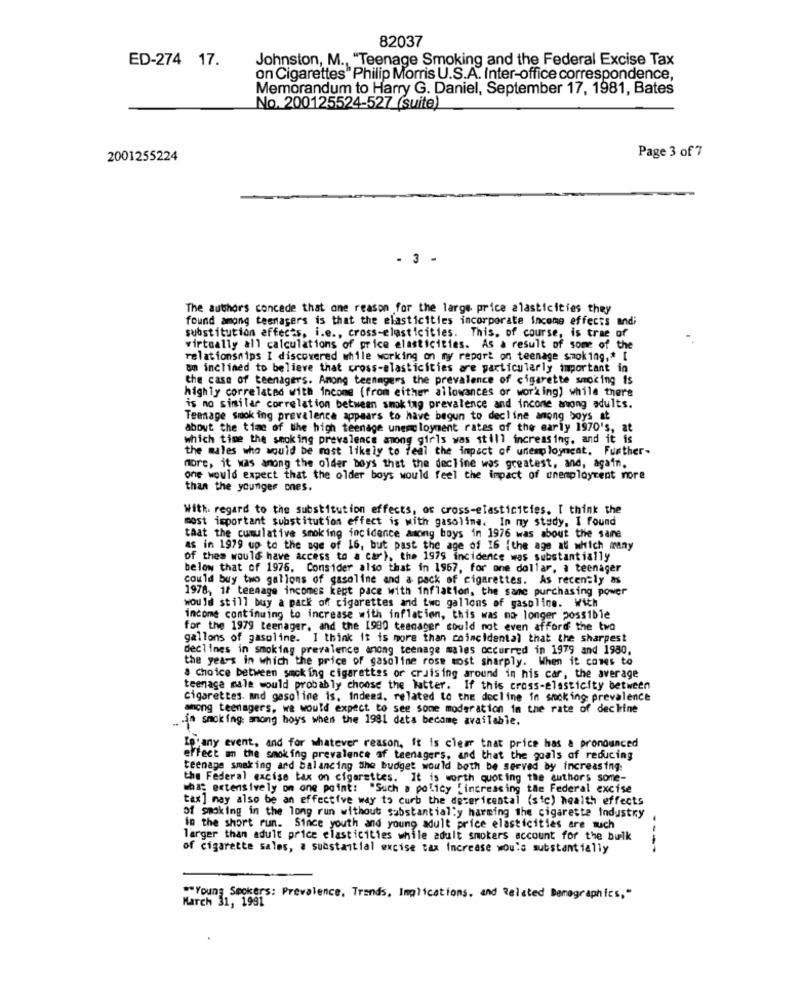
82037
ED-274 17.
Johnston, M ., "Teenage Smoking and the Federal Excise Tax
on Cigarettes" Philip Morris U.S.A. Inter-office correspondence,
Memorandum to Harry G. Daniel, September 17, 1981, Bates
No. 200125524-527 (suite)
Page 3 of 7
2001255224
- 3 -
The authors concede that one reason for the large price alasticities they
found among teenagers is that the elasticities incorporate income effects and;
substitution effects, i.e ., cross-elasticities. This, of course, is trae of
virtually all calculations of price elasticities. As a result of some of the
relationships I discovered while working on my report on teenage smoking ,* [
an inclined to believe that cross-elasticities are particularly important in
the case of teenagers. Among teenagers the prevalence of cigarette smoking is
highly correlated with income (from either allowances or working) while there
is no similar correlation between smoking prevalence and income awong adults.
Teenage smoking prevalence appears to have begun to decline among boys at
about the time of the high teenage unemployment rates of the early 1970's, at
which time the smoking prevalence among girls was still increasing, and it is
the males who would be most likely to feel the impact of unemployment. Further-
more, it was among the older boys that the decline was greatest, and, again.
one would expect that the older boys would feel the impact of unemployment more
than the younger ones.
With regard to the substitution effects, or cross-elasticities. I think the
most important substitution effect is with gasoline. In ny study, I found
that the cumulative smoking incidence asong boys in 1976 was about the same
as in 1979 up to the age of 16, but past the age of 16 {the age at which many
of thes would have access to a car), the 1979 incidence was substantially
below that of 1975. Consider also that in 1967, for one dollar, a teenager
could buy two gallons of gasoline and a pack of cigarettes. As recently as
1978, 1f teenage incomes kept pace with inflation, the same purchasing power
would still buy a pack off cigarettes and two gallons of gasoline. With
income continuing to increase with inflation, this was ma longer possible
for the 1979 teenager, and the 1980 teenager could not even afford the two
gallons of gasoline. I think it is more than coincidental that the sharpest
declines in smoking prevalence anong teenage males occurred in 1979 and 1980.
the years in which the price of gasoline rose most sharply. When it comes to
a Choice between smoking cigarettes or cruising around in his car, the average
teenage male would probably choose the latter. If this cross-elasticity between
Cigarettes. and gasoline is, Indeed, related to the decline in smoking prevalence
among teenagers, we would expect to see some moderation in the rate of decline
.. . 10 smoking: among hoys when the 1981 data become available.
L'any event, and for whatever reason, it is clear that price has a pronounced
effect on the smoking prevalence of teenagers, and that the goals of reducing
teenage smaking and balancing the budget would both be served by increasing.
the Federal excise tax on cigarettes. It is worth quoting the authors some-
what extensively on one point: "Such a policy [increasing the Federal excise
tax] may also be an effective way to curb the detericental (sic) health effects
of smoking in the long run without substantially harming the cigarette Industry
in the short run. Since youth and young adult price elasticities are much
larger than adult price elasticities while adult smokers account for the bulk
of cigarette sales, a substantial excise tax Increase wou's substantially
---
*Young Smokers: Prevalence. Trands, Implications, and Related Demographics,"
March 31, 1991